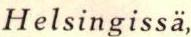
Helsingissä,